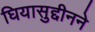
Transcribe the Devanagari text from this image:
घियासुद्दीनने